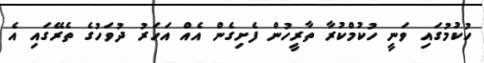
ހުކުމުގައި ވަނީ ހުކުމްކުރާ ތާރީހުން ފެށިގެން އެއް އަހަރު ދުވަހުގެ ތެރޭގައި އެ